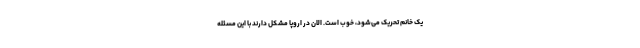
یک خانم تحریک می‌شود، خوب است. الان در اروپا مشکل دارند با این مسئله